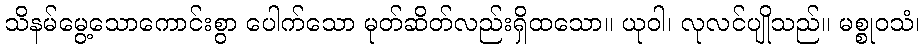
သိနမ်မွေ့သောကောင်းစွာ ပေါက်သော မုတ်ဆိတ်လည်းရှိထသော။ ယုဝါ၊ လုလင်ပျိုသည်။ မစ္စုဝသံ၊